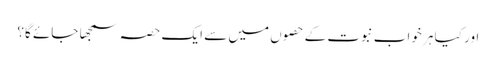
اور کیا ہر خواب نبوت کے حصوں میں سے ایک حصہ سمجھا جائے گا؟